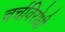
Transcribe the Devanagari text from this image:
चर्चविरोधी